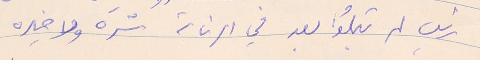
رئيس لم تبلُوا بعد في الرئاسة شرَه ولا خيره